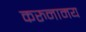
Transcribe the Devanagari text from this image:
करुनामय